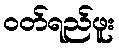
ဝတ်ရည်ဖူး